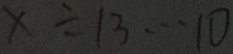
x \div 1 3 \cdots 1 0